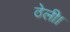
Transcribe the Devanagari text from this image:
ठेली।